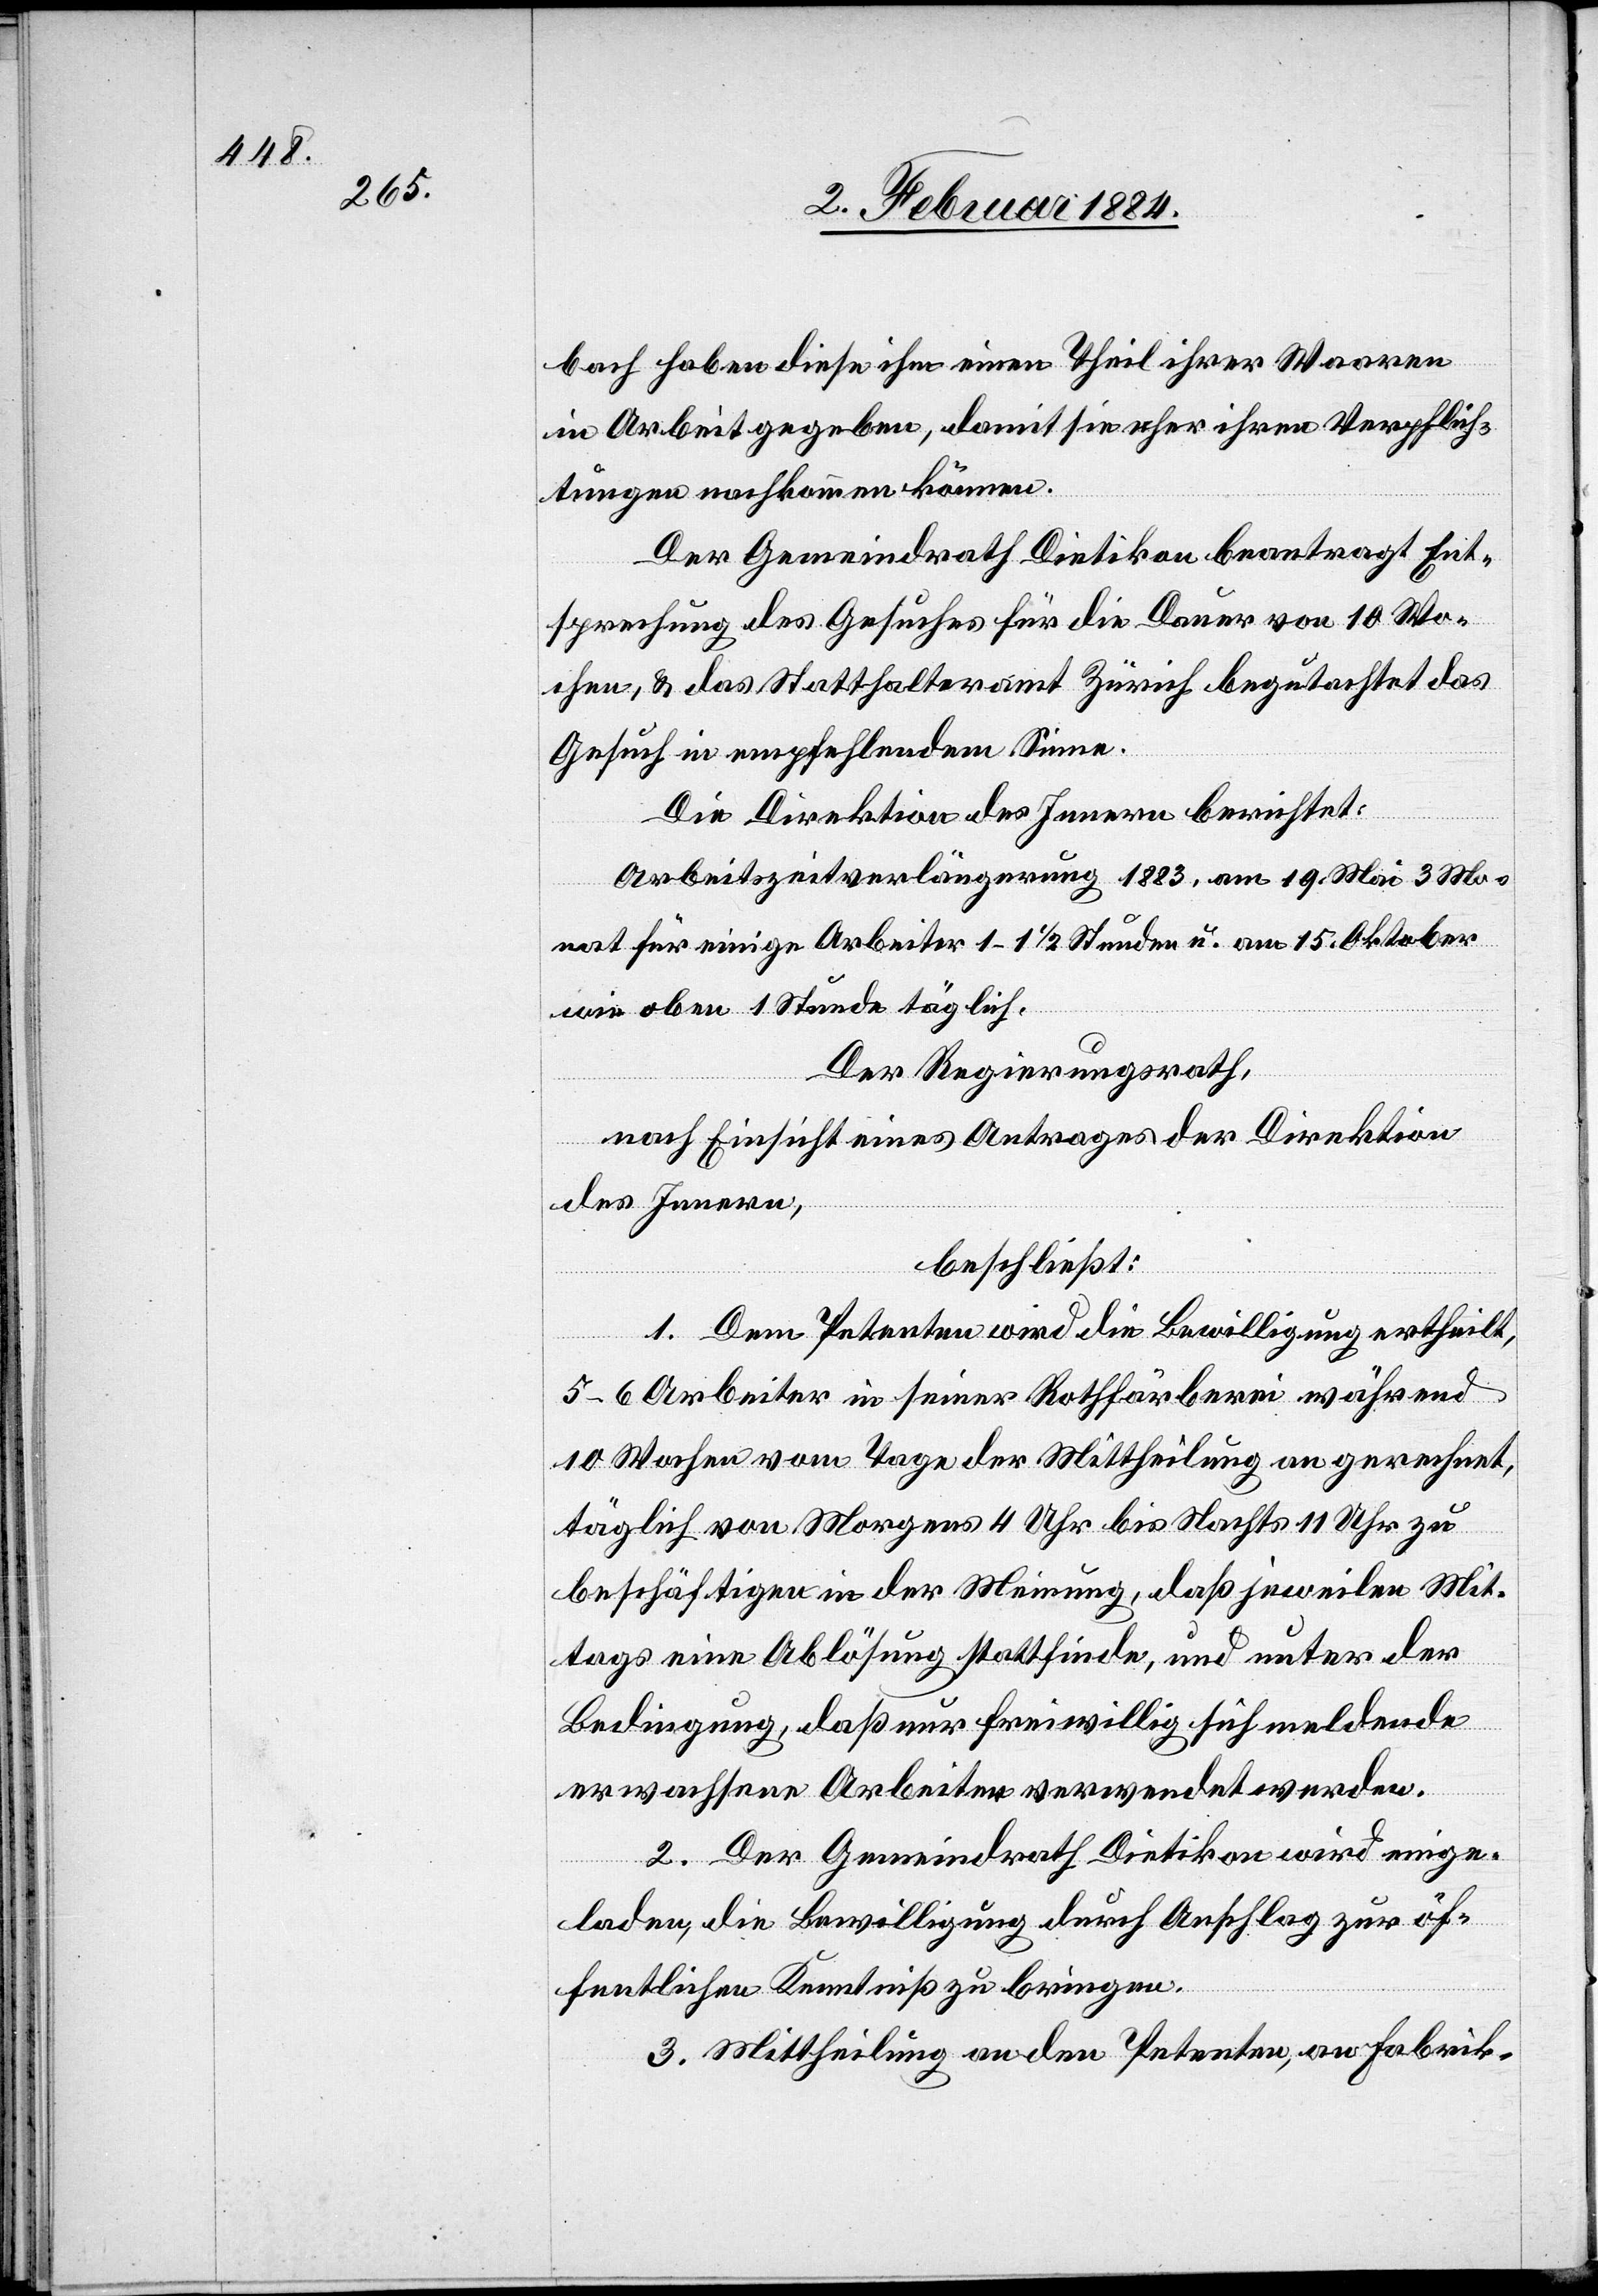
bach haben diese ihm einen Theil ihrer Waaren
in Arbeit gegeben, damit sie eher ihren Verpflich¬
tungen nachkommen können.
Der Gemeindrath Dietikon beantragt Ent¬
sprechung des Gesuches für die Dauer von 10 Wo¬
chen, & das Statthalteramt Zürich begutachtet das
Gesuch in empfehlendem Sinne.
Die Direktion des Innern berichtet:
Arbeitszeitverlängerung 1883, am 19. Mai 3 Mo¬
nat[e] für einige Arbeiter 1–1 1/2 Stunden u. am 15. Oktober
wie oben 1 Stunde täglich.
Der Regierungsrath,
nach Einsicht eines Antrages der Direktion
des Innern,
beschließt:
1. Dem Petenten wird die Bewilligung ertheilt,
5–6 Arbeiter in seiner Rothfärberei während
10 Wochen vom Tage der Mittheilung an gerechnet,
täglich von Morgens 4 Uhr bis Nachts 11 Uhr zu
beschäftigen in der Meinung, daß jeweilen Mit¬
tags eine Ablösung stattfinde, und unter der
Bedingung, daß nur freiwillig sich meldende
erwachsene Arbeiter verwendet werden.
2. Der Gemeindrath Dietikon wird einge¬
laden, die Bewilligung durch Anschlag zur öf¬
fentlichen Kenntniß zu bringen.
3. Mittheilung an den Petenten, an Fabrik-